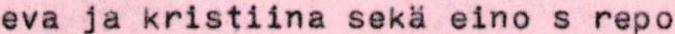
eva ja kristiina sekä eino s repo